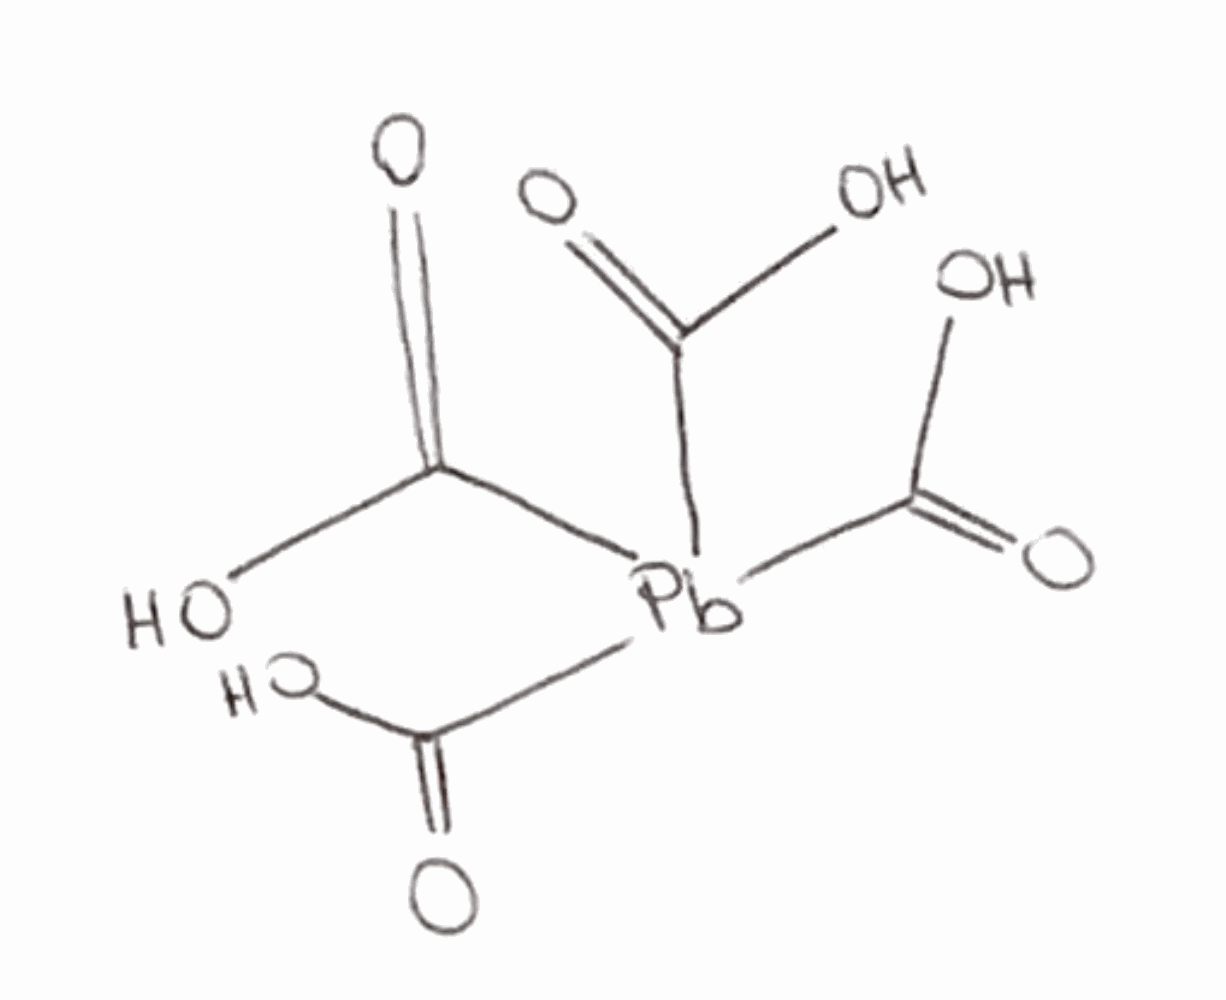
Simplified molecular-input line-entry system (SMILES) notation of the given molecule:
C(=O)(O)[Pb](C(=O)O)(C(=O)O)C(=O)O